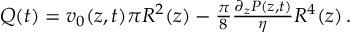
\begin{array} { r } { Q ( t ) = v _ { 0 } ( z , t ) \pi R ^ { 2 } ( z ) - \frac { \pi } { 8 } \frac { \partial _ { z } P ( z , t ) } { \eta } R ^ { 4 } ( z ) \, . } \end{array}